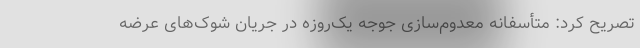
تصریح کرد: متأسفانه معدوم‌سازی جوجه یک‌روزه در جریان شوک‌های عرضه